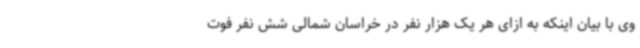
وی با بیان اینکه به ازای هر یک هزار نفر در خراسان شمالی شش نفر فوت